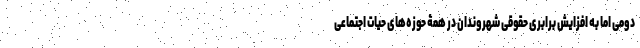
دومی اما به افزایش برابری حقوقی شهروندان در همۀ حوزه‌های حیات اجتماعی